Scottish Leaving Certificate Examination, 1957
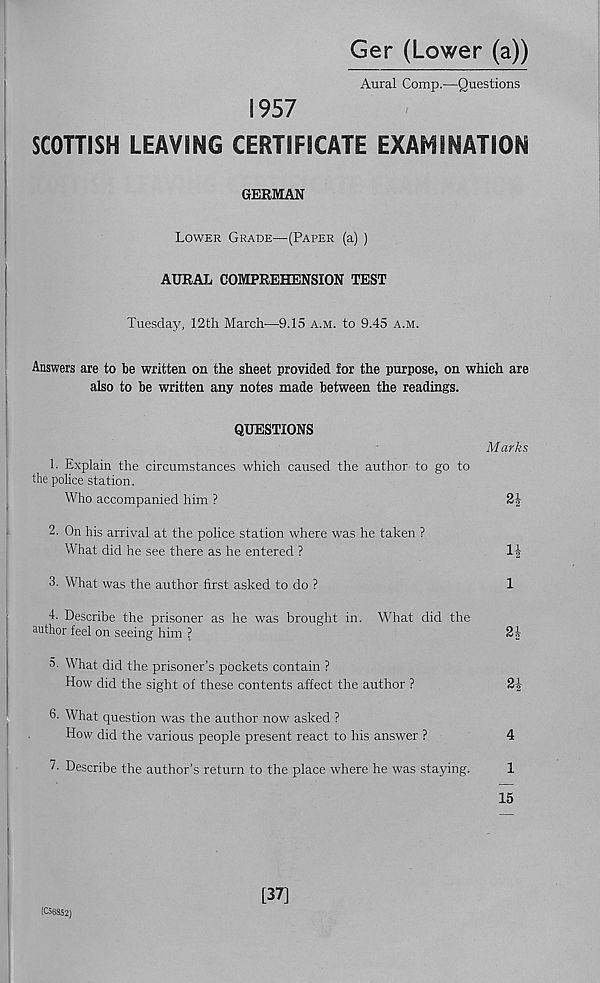
Ger (Lower (a))
Aural Comp.—Questions
1957
SCOTTISH LEAVING CERTIFICATE EXAMINATION
GERMAN
Lower Grade—(Paper (a) )
AURAL COMPREHENSION TEST
Tuesday, 12th March—9.15 a.m. to 9.45 a.m.
Answers are to be written on the sheet provided for the purpose, on which are
also to be written any notes made between the readings.
QUESTIONS
1. Explain the circumstances which caused the author to go to
the police station.
Who accompanied him ?
Marks
2J
2. On his arrival at the police station where was he taken ?
What did he see there as he entered ?
3. What was the author first asked to do ?
4- Describe the prisoner as he was brought in. What did the
author feel on seeing him ?
2i
3- What did the prisoner’s pockets contain ?
How did the sight of these contents affect the author ?
Sir
What question was the author now asked ?
How did the various people present react to his answer ?
4
7- Describe the author’s return to the place where he was staying.
1
15
(C56852)
[37]